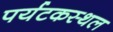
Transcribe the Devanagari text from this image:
पर्यटकस्थल